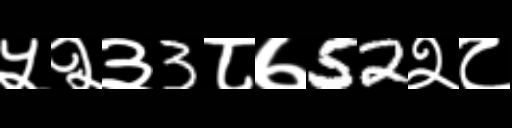
Text: ५२३3८७52२८